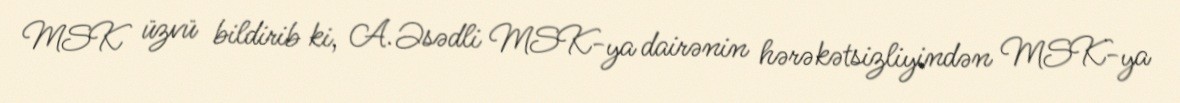
MSK üzvü bildirib ki, A.Əsədli MSK-ya dairənin hərəkətsizliyindən MSK-ya